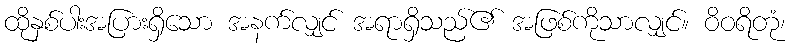
ထိုနှစ်ပါးအပြားရှိသော အနက်လျှင် အရာရှိသည်၏ အဖြစ်ကိုသာလျှင်။ ဝိဝရိတုံ၊